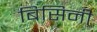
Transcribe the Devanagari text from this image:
बिसिनी